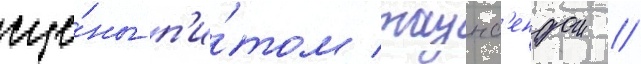
сце́ны п'и́том таунс'ендом //